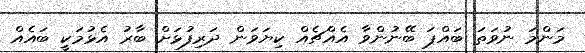
މަންމަ ނުވަތަ ބައްޕަ ބޭނުންވާ އެއްޗެއް ކިޔަވަން ދަރިފުޅަށް ބާރު އެޅުމަކީ ބައެއް